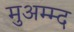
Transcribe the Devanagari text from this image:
मुअम्म्द